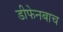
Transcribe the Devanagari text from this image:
डीफेनबाच